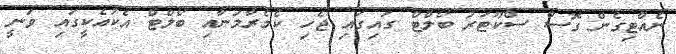
ނެއްޓިގެން ގޮސް ސްކޫޓަރު ބޯލްޓް ގައިގައި ޖެހި ކެމެރާމަނާއި ބޯލްޓް އެކުއެކީގައި ވަނީ